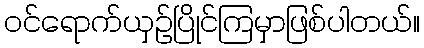
ဝင်ရောက်ယှဉ်ပြိုင်ကြမှာဖြစ်ပါတယ်။